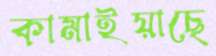
কামাইয়াছে